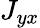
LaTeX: J_{yx}